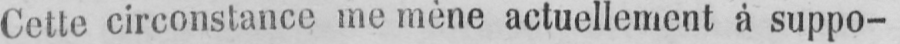
Cette circonstance me mène actuellement à suppo-